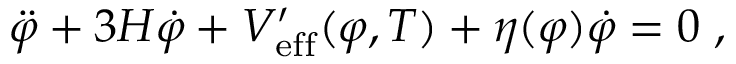
\ddot { \varphi } + 3 H \dot { \varphi } + V _ { \mathrm { e f f } } ^ { \prime } ( \varphi , T ) + \eta ( \varphi ) \dot { \varphi } = 0 \; ,